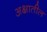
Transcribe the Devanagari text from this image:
अक्षातील